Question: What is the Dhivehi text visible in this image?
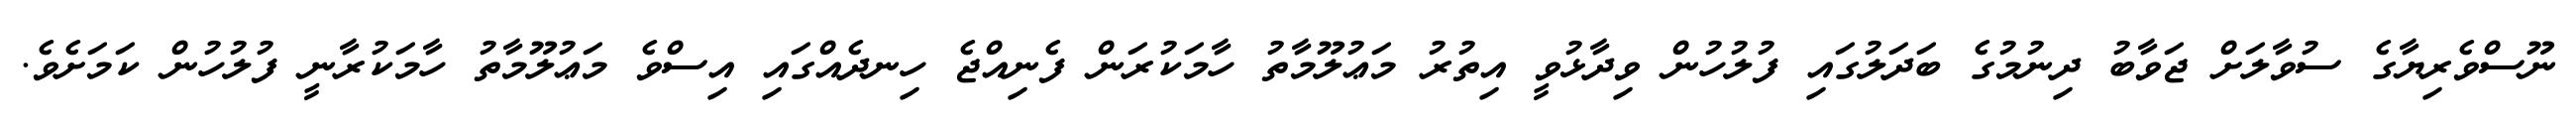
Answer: ނޫސްވެރިޔާގެ ސުވާލަށް ޖަވާބު ދިނުމުގެ ބަދަލުގައި ފުލުހުން ވިދާޅުވީ އިތުރު މަޢުލޫމާތު ހާމަކުރަން ފެނިއްޖެ ހިނދެއްގައި އިސްވެ މަޢުލޫމާތު ހާމަކުރާނީ ފުލުހުން ކަމަށެވެ.